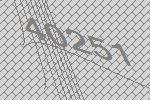
40251